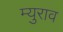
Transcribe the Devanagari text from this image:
म्युराव